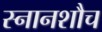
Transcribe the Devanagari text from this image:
स्नानशौच